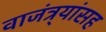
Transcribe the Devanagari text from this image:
वाजंत्र्यांसह